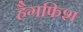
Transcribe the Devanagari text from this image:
हैगफिश